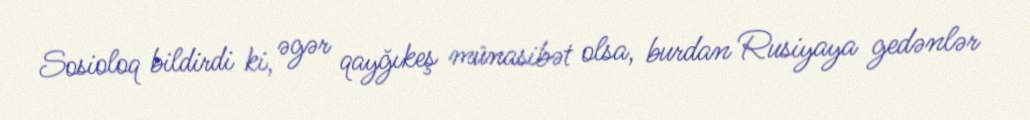
Sosioloq bildirdi ki, əgər qayğıkeş münasibət olsa, burdan Rusiyaya gedənlər